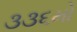
૩૩૬મો